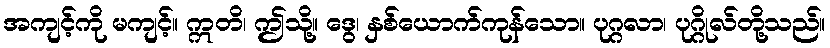
အကျင့်ကို မကျင့်။ ဣတိ၊ ဤသို့။ ဒွေ၊ နှစ်ယောက်ကုန်သော။ ပုဂ္ဂလာ၊ ပုဂ္ဂိုလ်တို့သည်။